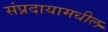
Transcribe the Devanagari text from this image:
संप्रदायामधील